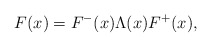
\begin{align*}F(x) = F^{-}(x) \Lambda(x) F^{+}(x),\end{align*}